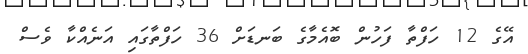
އޭގެ 12 ހަފްތާ ފަހުން ބޮއެމާގެ ބަނޑަށް 36 ހަފްތާގައި އަނެއްކާ ވެސް